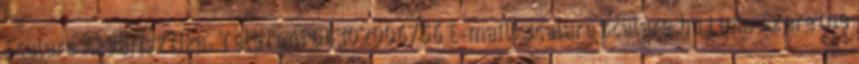
Scalare Akvarisztika. Telefon: 06302006756 E-mail: scalare scalare.hu Link: Szeretne